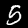
Label: 5